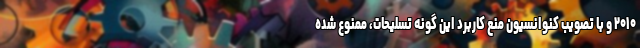
۲۰۱۰ و با تصویب کنوانسیون منع کاربرد این‌ گونه تسلیحات، ممنوع شده